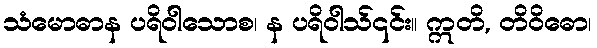
သံမောဓာန ပရိဝါသောစ၊ န ပရိဝါသ်၎င်း။ ဣတိ, တိဝိဓော၊